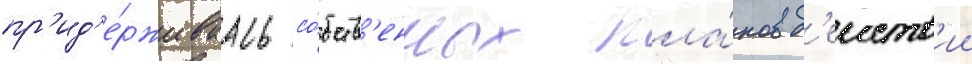
пр'ид'е́рживаась со́бств'енных пла́нов д'еиств'ии